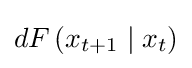
dF\left(x_{t+1}\mid x_{t}\right)